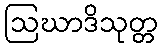
ဩဃာဒိသုတ္တ